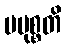
ပမုစ္စတိ